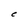
Character: C